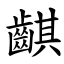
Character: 䶞